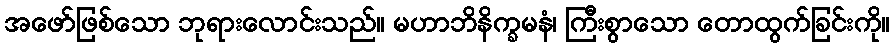
အဖော်ဖြစ်သော ဘုရားလောင်းသည်။ မဟာဘိနိက္ခမနံ၊ ကြီးစွာသော တောထွက်ခြင်းကို။